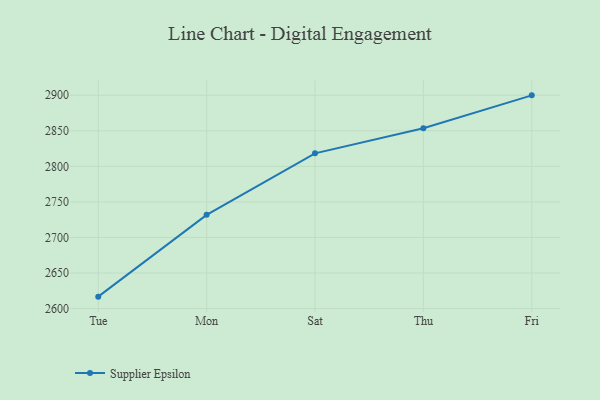
{"axis": {"x": "Day", "y": "Page Views"}, "legend": ["Supplier Epsilon"], "data": [{"x": "Tue", "y": 2616.7, "type": "Supplier Epsilon"}, {"x": "Mon", "y": 2731.8, "type": "Supplier Epsilon"}, {"x": "Sat", "y": 2818.3, "type": "Supplier Epsilon"}, {"x": "Thu", "y": 2853.7, "type": "Supplier Epsilon"}, {"x": "Fri", "y": 2899.9, "type": "Supplier Epsilon"}]}